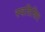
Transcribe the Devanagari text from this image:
स्वशिक्षित